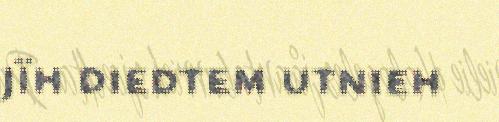
jïh diedtem utnieh